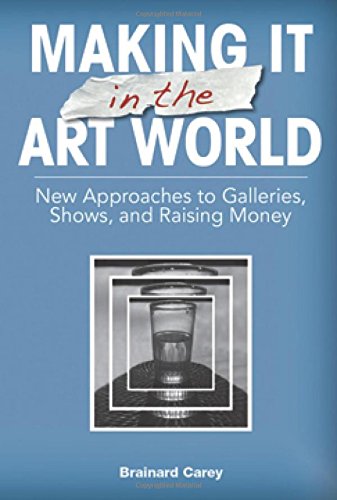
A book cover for Making It in the Art World: New Approaches to Galleries, Shows, and Raising Money; Brainard Carey; Arts & Photography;